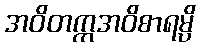
အဝိတက္ကအဝိစာရမ္ပိ